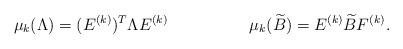
LaTeX: \begin{align*}\mu_{k}(\Lambda)=(E^{(k)})^{T}\Lambda E^{(k)} & & \mu_{k}(\widetilde{B})=E^{(k)}\widetilde{B}F^{(k)}.\end{align*}